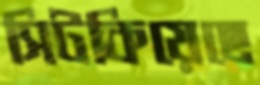
সিটকিয়েছে